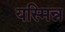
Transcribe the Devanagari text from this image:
यस्मिन्न